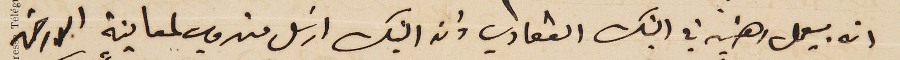
ان بيعمل رهنيه في البنك العقاري وان البنك ارسَل مندوب لمعاينة الارض